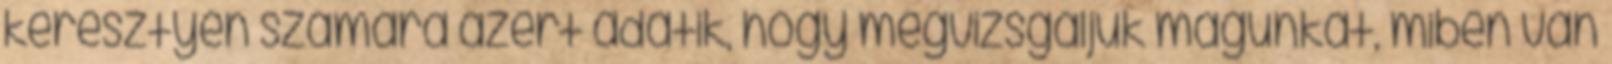
keresztyén számára azért adatik, hogy megvizsgáljuk magunkat, miben van